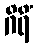
ဂိရိံ